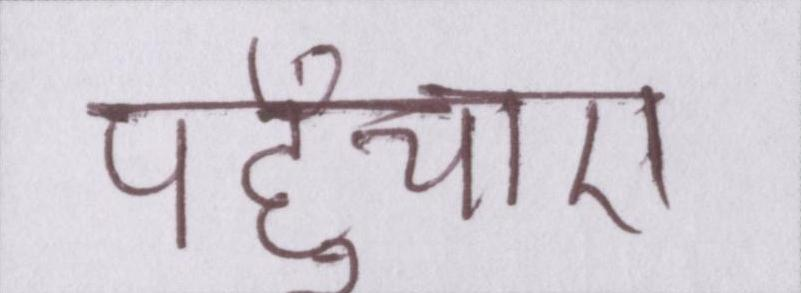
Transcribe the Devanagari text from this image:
पहुँचाए